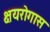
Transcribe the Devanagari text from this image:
क्षयरोगास